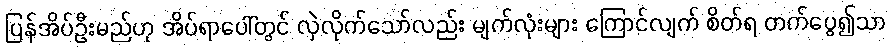
ပြန်အိပ်ဦးမည်ဟု အိပ်ရာပေါ်တွင် လှဲလိုက်သော်လည်း မျက်လုံးများ ကြောင်လျက် စိတ်ရ တက်ပွေ၍သာ